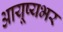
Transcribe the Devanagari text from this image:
आयूष्यभर